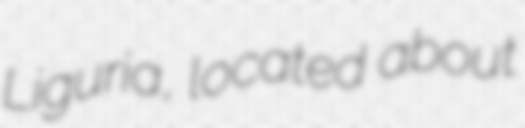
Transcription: Liguria, located about